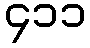
၄၁၁